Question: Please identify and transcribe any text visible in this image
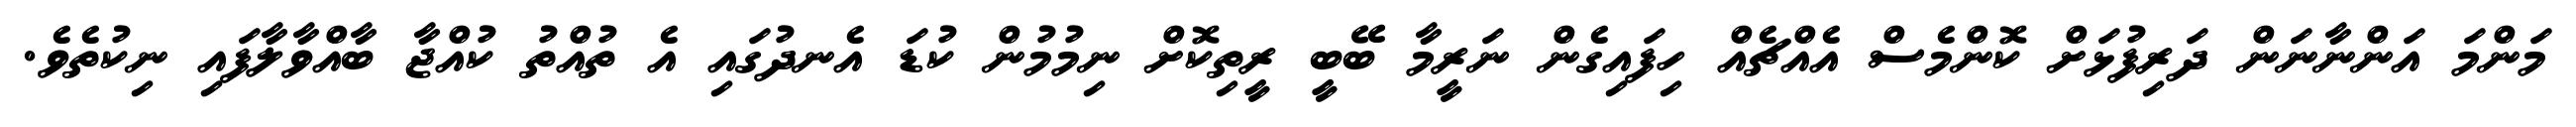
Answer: މަންމަ އަންނާނަން ދަރިފުޅަށް ކޮންމެސް އެއްޗެއް ހިފައިގެން ނަރީމާ ބޭބީ ރީތިކޮށް ނިމުމުން ކުޑަ އެނދުގައި އެ ތުއްތު ކުއްޖާ ބާއްވާލާފައި ނިކުތެވެ.